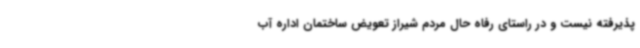
پذیرفته نیست و در راستای رفاه حال مردم شیراز تعویض ساختمان اداره آب